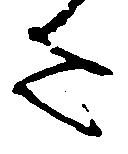
た